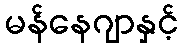
မန်နေဂျာနှင့်